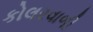
કોલરવાળી